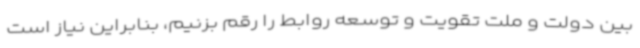
بین دولت و ملت تقویت و توسعه روابط را رقم بزنیم، بنابراین نیاز است